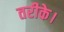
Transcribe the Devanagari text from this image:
तरीके।